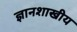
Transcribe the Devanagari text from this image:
ज्ञानशाखीय